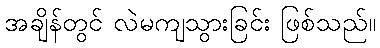
အချိန်တွင် လဲမကျသွားခြင်း ဖြစ်သည်။